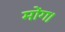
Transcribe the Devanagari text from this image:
मोंग।